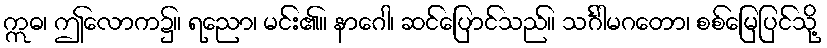
ဣဓ၊ ဤလောက၌။ ရညော၊ မင်း၏။ နာဂေါ၊ ဆင်ပြောင်သည်။ သင်္ဂါမဂတော၊ စစ်မြေပြင်သို့